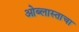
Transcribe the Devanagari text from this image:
ओब्लास्ताचा